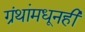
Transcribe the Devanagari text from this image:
ग्रंथांमधूनही